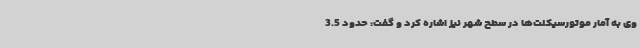
وی به آمار موتورسیکلت‌ها در سطح شهر نیز اشاره کرد و گفت: حدود 3.5